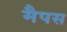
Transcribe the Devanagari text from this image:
मैपस